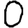
Digit: 0